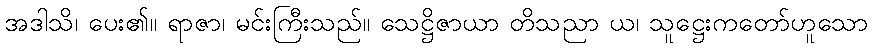
အဒါသိ၊ ပေး၏။ ရာဇာ၊ မင်းကြီးသည်။ သေဋ္ဌိဇာယာ တိသညာ ယ၊ သူဋ္ဌေးကတော်ဟူသော